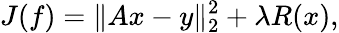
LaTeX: J(f)=\| Ax-y\| _{2}^{2}+\lambda R(x),